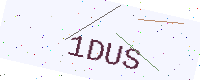
Text: 1DUS